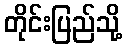
တိုင်းပြည်သို့